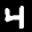
Label: 4